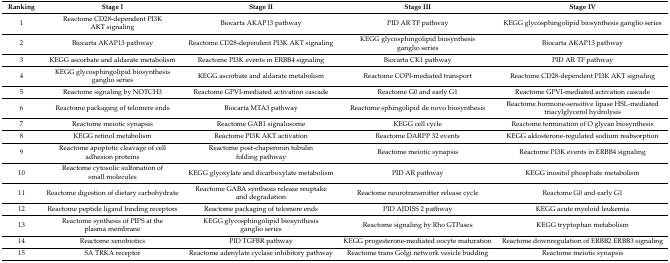
<table><thead><tr><td><b>Ranking</b></td><td><b>Stage I</b></td><td><b>Stage II</b></td><td><b>Stage III</b></td><td><b>Stage IV</b></td></tr></thead><tbody><tr><td>1</td><td>Reactome CD28-dependent PI3K AKT signaling</td><td>Biocarta AKAP13 pathway</td><td>PID AR TF pathway</td><td>KEGG glycosphingolipid biosynthesis ganglio series</td></tr><tr><td>2</td><td>Biocarta AKAP13 pathway</td><td>Reactome CD28-dependent PI3K AKT signaling</td><td>KEGG glycosphingolipid biosynthesis ganglio series</td><td>Biocarta AKAP13 pathway</td></tr><tr><td>3</td><td>KEGG ascorbate and aldarate metabolism</td><td>Reactome PI3K events in ERBB4 signaling</td><td>Biocarta CK1 pathway</td><td>PID AR TF pathway</td></tr><tr><td>4</td><td>KEGG glycosphingolipid biosynthesis ganglio series</td><td>KEGG ascorbate and aldarate metabolism</td><td>Reactome COPI-mediated transport</td><td>Reactome CD28-dependent PI3K AKT signaling</td></tr><tr><td>5</td><td>Reactome signaling by NOTCH3</td><td>Reactome GPVI-mediated activation cascade</td><td>Reactome G0 and early G1</td><td>Reactome GPVI-mediated activation cascade</td></tr><tr><td>6</td><td>Reactome packaging of telomere ends</td><td>Biocarta MTA3 pathway</td><td>Reactome sphingolipid de novo biosynthesis</td><td>Reactome hormone-sensitive lipase HSL-mediated triacylglycerol hydrolysis</td></tr><tr><td>7</td><td>Reactome meiotic synapsis</td><td>Reactome GAB1 signalosome</td><td>KEGG cell cycle</td><td>Reactome termination of O glycan biosynthesis</td></tr><tr><td>8</td><td>KEGG retinol metabolism</td><td>Reactome PI3K AKT activation</td><td>Reactome DARPP 32 events</td><td>KEGG aldosterone-regulated sodium reabsorption</td></tr><tr><td>9</td><td>Reactome apoptotic cleavage of cell adhesion proteins</td><td>Reactome post-chaperonin tubulin folding pathway</td><td>Reactome meiotic synapsis</td><td>Reactome PI3K events in ERBB4 signaling</td></tr><tr><td>10</td><td>Reactome cytosolic sulfonation of small molecules</td><td>KEGG glyoxylate and dicarboxylate metabolism</td><td>PID AR pathway</td><td>KEGG inositol phosphate metabolism</td></tr><tr><td>11</td><td>Reactome digestion of dietary carbohydrate</td><td>Reactome GABA synthesis release reuptake and degradation</td><td>Reactome neurotransmitter release cycle</td><td>Reactome G0 and early G1</td></tr><tr><td>12</td><td>Reactome peptide ligand binding receptors</td><td>Reactome packaging of telomere ends</td><td>PID AJDISS 2 pathway</td><td>KEGG acute myeloid leukemia</td></tr><tr><td>13</td><td>Reactome synthesis of PIPS at the plasma membrane</td><td>KEGG glycosphingolipid biosynthesis ganglio series</td><td>Reactome signaling by Rho GTPases</td><td>KEGG tryptophan metabolism</td></tr><tr><td>14</td><td>Reactome xenobiotics</td><td>PID TGFBR pathway</td><td>KEGG progesterone-mediated oocyte maturation</td><td>Reactome downregulation of ERBB2 ERBB3 signaling</td></tr><tr><td>15</td><td>SA TRKA receptor</td><td>Reactome adenylate cyclase inhibitory pathway</td><td>Reactome trans Golgi network vesicle budding</td><td>Reactome meiotic synapsis</td></tr></tbody></table>